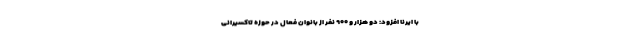
با ایرنا افزود: دو هزار و ۹۰۰ نفر از بانوان فعال در حوزه تاکسیرانی